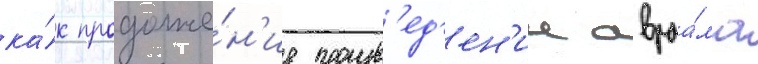
ка́к продолже́н'ие произв'ед'ен'ии авраа́ма